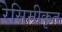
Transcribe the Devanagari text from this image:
रेसिमीकृत